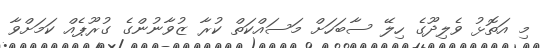
މި އަތޮޅު ވެލިދޫގެ ހިލޭ ސާބަހަށް މަސައްކަތް ކުރާ ޒުވާނުންގެ ގުރޫޕެއް ކަމަށްވާ